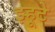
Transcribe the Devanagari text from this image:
झ्हूटे